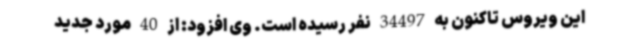
این ویروس تاکنون به 34497 نفر رسیده است. وی افزود: از 40 مورد جدید